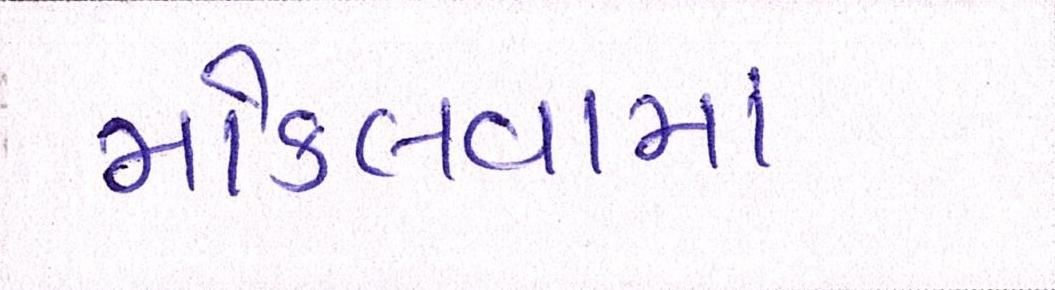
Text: મોકલવામાં